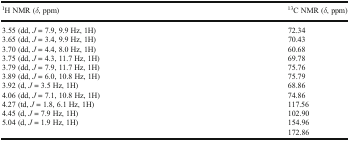
<table><thead><tr><td><b><sup>1</sup>H NMR (<i>δ</i>, ppm)</b></td><td><b><sup>13</sup>C NMR (<i>δ</i>, ppm)</b></td></tr></thead><tbody><tr><td>3.55 (dd, <i>J</i> = 7.9, 9.9 Hz, 1H)</td><td>72.34</td></tr><tr><td>3.65 (dd, <i>J</i> = 3.4, 9.9 Hz, 1H)</td><td>70.43</td></tr><tr><td>3.70 (dd, <i>J</i> = 4.4, 8.0 Hz, 1H)</td><td>60.68</td></tr><tr><td>3.75 (dd, <i>J</i> = 4.3, 11.7 Hz, 1H)</td><td>69.78</td></tr><tr><td>3.79 (dd, <i>J</i> = 7.9, 11.7 Hz, 1H)</td><td>75.76</td></tr><tr><td>3.89 (dd, <i>J</i> = 6.0, 10.8 Hz, 1H)</td><td>75.79</td></tr><tr><td>3.92 (d, <i>J</i> = 3.5 Hz, 1H)</td><td>68.86</td></tr><tr><td>4.06 (dd, <i>J</i> = 7.1, 10.8 Hz, 1H)</td><td>74.86</td></tr><tr><td>4.27 (td, <i>J</i> = 1.8, 6.1 Hz, 1H)</td><td>117.56</td></tr><tr><td>4.45 (d, <i>J</i> = 7.9 Hz, 1H)</td><td>102.90</td></tr><tr><td>5.04 (d, <i>J</i> = 1.9 Hz, 1H)</td><td>154.96</td></tr><tr><td></td><td>172.86</td></tr></tbody></table>